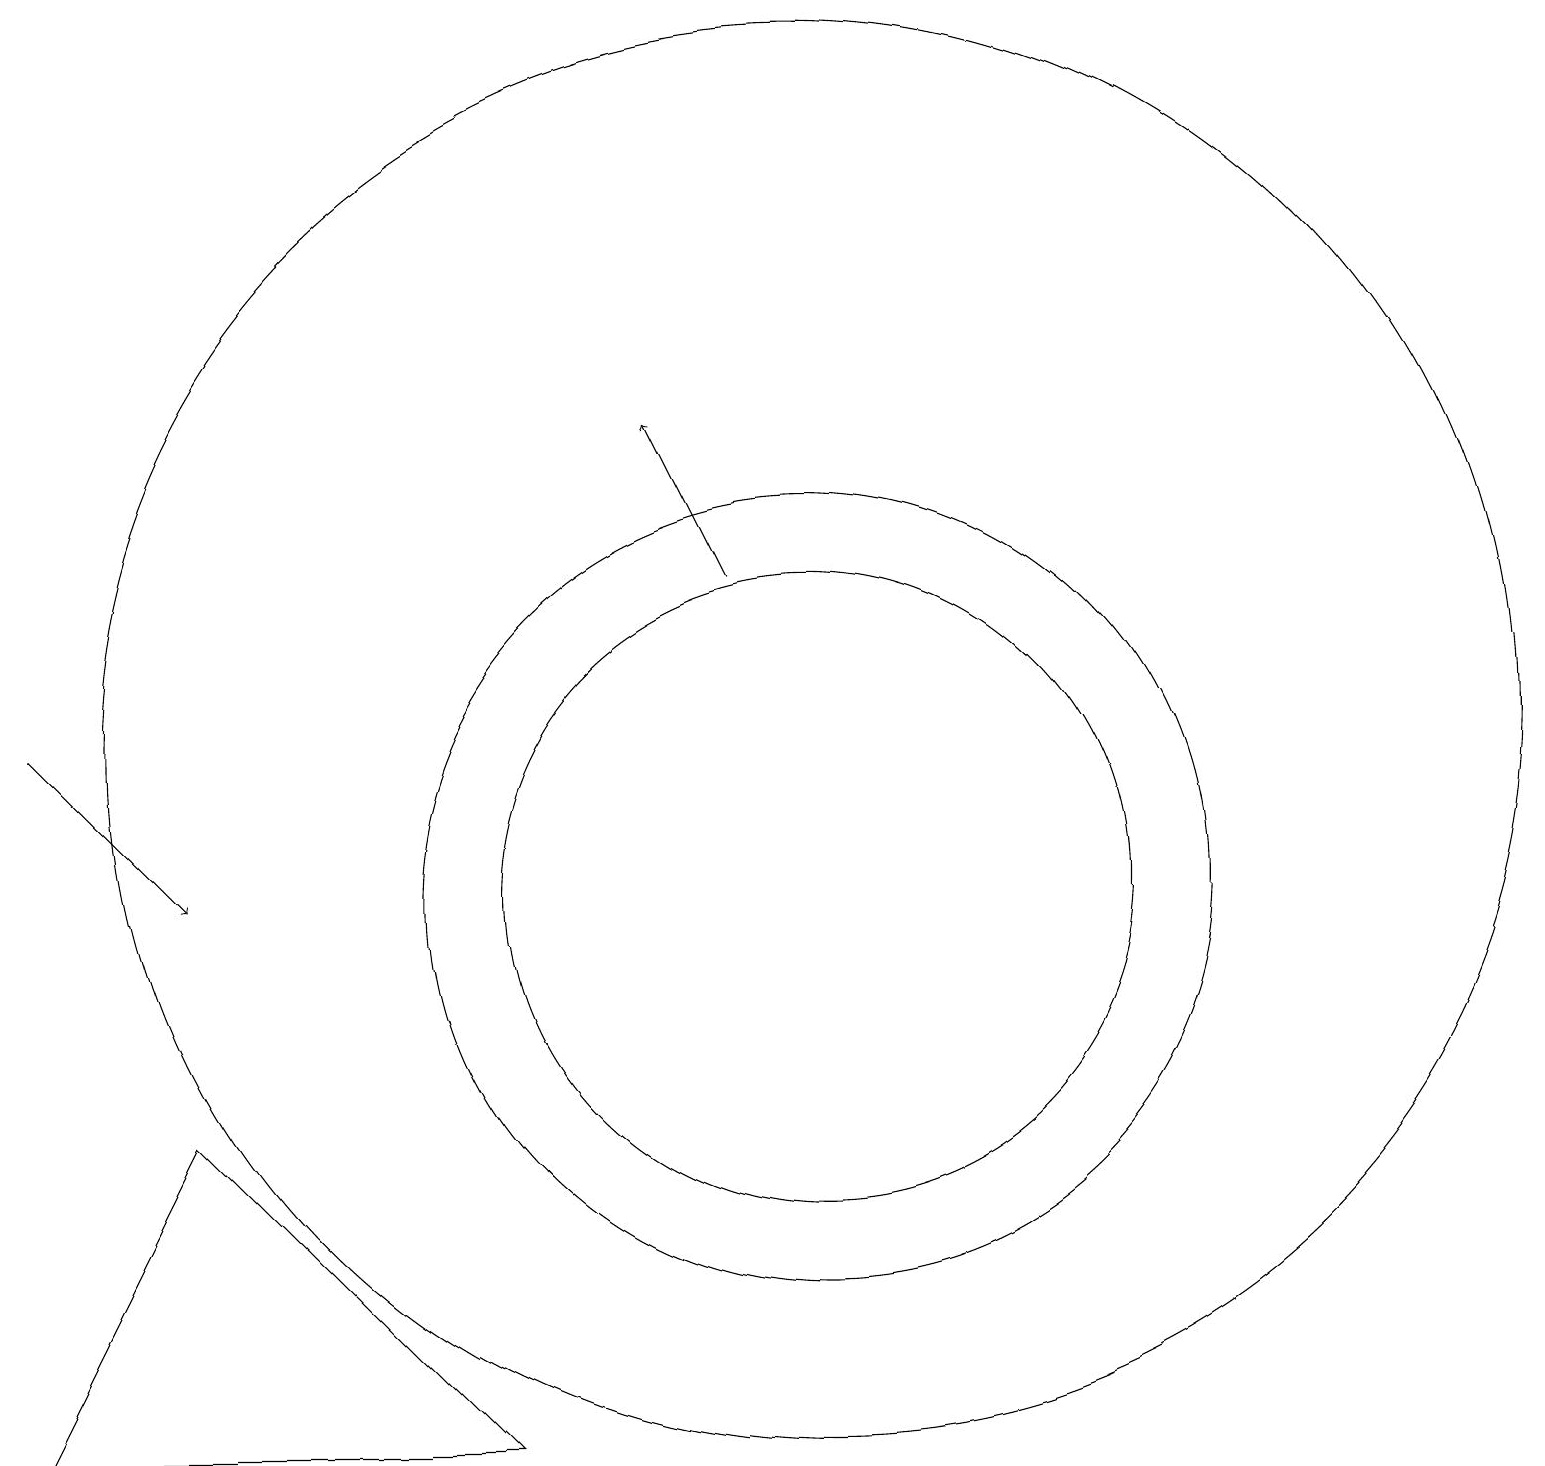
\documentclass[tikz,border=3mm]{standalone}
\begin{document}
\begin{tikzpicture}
\draw (10,10) circle (4);
\draw (10,10) circle (5);
\draw[->] (0,12) -- (2,10);
\draw (10,12) circle (9);
\draw[->] (9,14) -- (8,16);
\draw (2,7) -- (0,3) -- (6,3) -- cycle;
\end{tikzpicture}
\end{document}